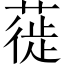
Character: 蓰